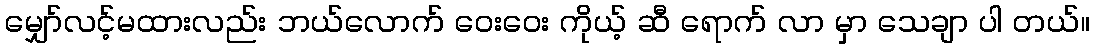
မျှော်လင့်မထားလည်း ဘယ်လောက် ဝေးဝေး ကိုယ့် ဆီ ရောက် လာ မှာ သေချာ ပါ တယ်။